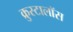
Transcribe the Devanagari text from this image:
क्रुस्टालॉस